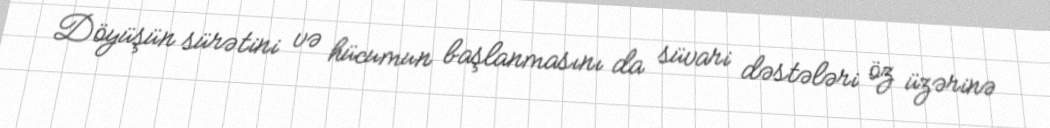
Döyüşün sürətini və hücumun başlanmasını da süvari dəstələri öz üzərinə